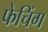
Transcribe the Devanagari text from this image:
फेचिंग